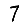
Digit: 7